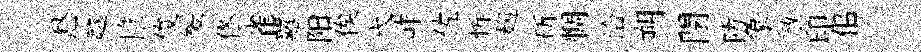
愁越帷俊髪佟雀羅阳俟弋岞佐忻麹斫惆洽朔閉防象敵印佀